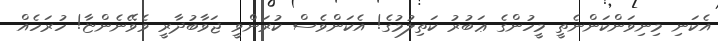
އެކަނި މިނިވަންކަންނެތީ މީހުންގެ ޢަބުރު ކަތިލުމުގެ! އެކަންވެސް ކުރަންވީ ޖަވާބުދާރީ ވެވޭނެންޏާ! ހުރަހެއް